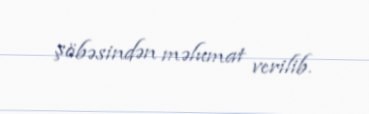
şöbəsindən məlumat verilib.